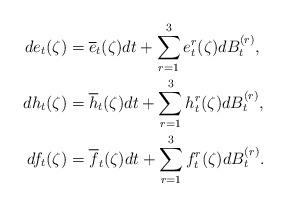
LaTeX: \begin{align*}de_{t}(\zeta)&=\overline{e}_{t}(\zeta)dt +\sum_{r=1}^{3}e_{t}^{r}(\zeta)dB_{t}^{(r)}, \\dh_{t}(\zeta)&=\overline{h}_{t}(\zeta)dt +\sum_{r=1}^{3}h_{t}^{r}(\zeta)dB_{t}^{(r)}, \\df_{t}(\zeta)&=\overline{f}_{t}(\zeta)dt +\sum_{r=1}^{3}f_{t}^{r}(\zeta)dB_{t}^{(r)}.\end{align*}